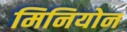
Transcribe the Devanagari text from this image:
मिनियोन